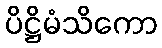
ပိဋ္ဌိမံသိကော